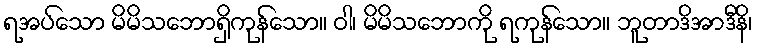
ရအပ်သော မိမိသဘောရှိကုန်သော။ ဝါ၊ မိမိသဘောကို ရကုန်သော။ ဘူတာဒိအာဒီနိ၊